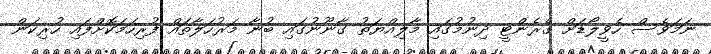
ނަމަވެސް ހެވީލޯޑަށް ގެރެންޓީ ދިނުމުގައި މާލިއްޔަތު ގާނޫނުގައި ބުނާ މަރުހަލާތައް ފުރިހަމަކޮށްފައި ހުރިކަން